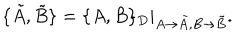
\{ \tilde { A } , \tilde { B } \} = \{ A , B \} _ { D } | _ { A \rightarrow \tilde { A } , B \rightarrow \tilde { B } } .